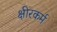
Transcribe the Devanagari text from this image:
क्षीरकर्म